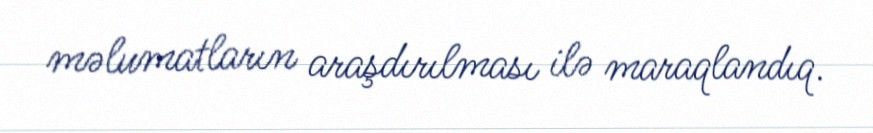
məlumatların araşdırılması ilə maraqlandıq.